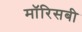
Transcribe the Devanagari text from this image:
मॉरिसबी